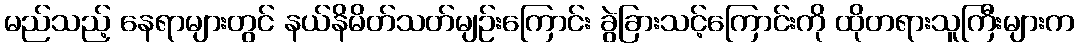
မည်သည့် နေရာများတွင် နယ်နိမိတ်သတ်မျဉ်းကြောင်း ခွဲခြားသင့်ကြောင်းကို ထိုတရားသူကြီးများက